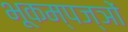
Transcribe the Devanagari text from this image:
भूकम्पज्ञों